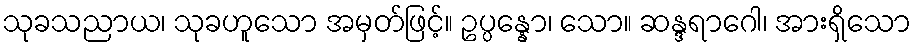
သုခသညာယ၊ သုခဟူသော အမှတ်ဖြင့်။ ဥပ္ပန္နော၊ သော။ ဆန္ဒရာဂေါ၊ အားရှိသော